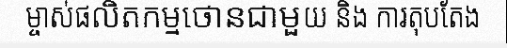
ម្ចាស់ផលិតកម្មថោនជាមួយ និង ការតុបតែង